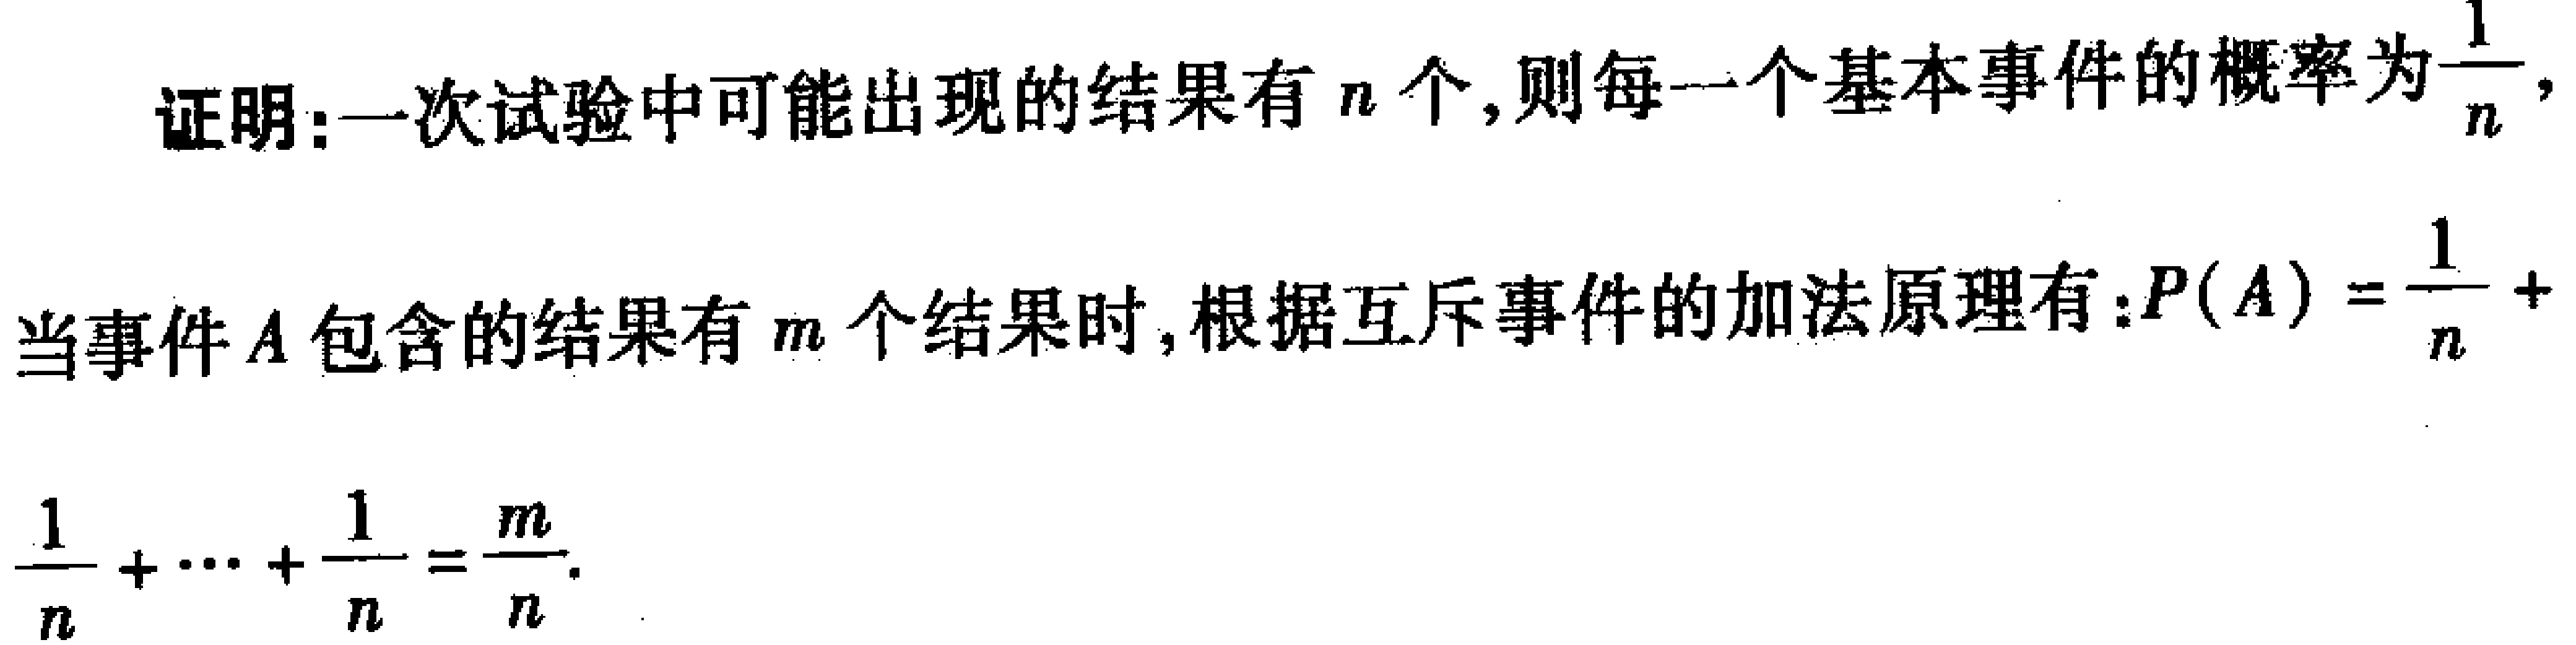
证明：一次试验中可能出现的结果有\(n\)个，则每一个基本事件的概率为\(\frac{1}{n}\)，当事件\(A\)包含的结果有\(m\)个结果时，根据互斥事件的加法原理有：\(P(A)=\frac{1}{n}+\frac{1}{n}+\cdots+\frac{1}{n}=\frac{m}{n}\)。